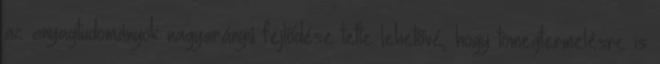
az anyagtudományok nagyarányú fejlődése tette lehetővé, hogy tömegtermelésre is